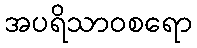
အပရိသာဝစရော